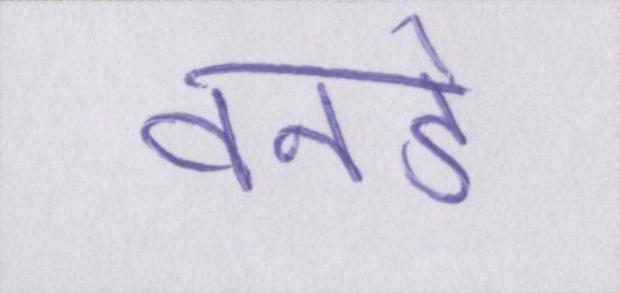
वनडे